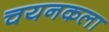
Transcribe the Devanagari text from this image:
चयनकला